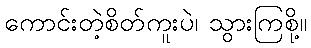
ကောင်းတဲ့စိတ်ကူးပဲ၊ သွားကြစို့။